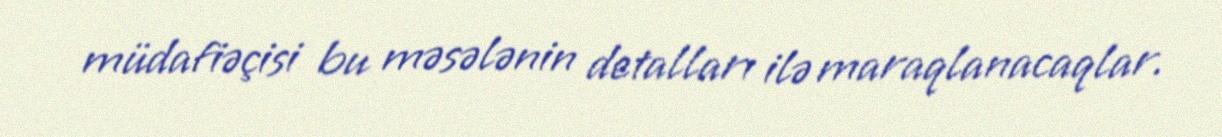
müdafiəçisi bu məsələnin detalları ilə maraqlanacaqlar.